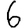
Digit: 6